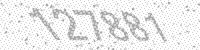
Solution: 127881